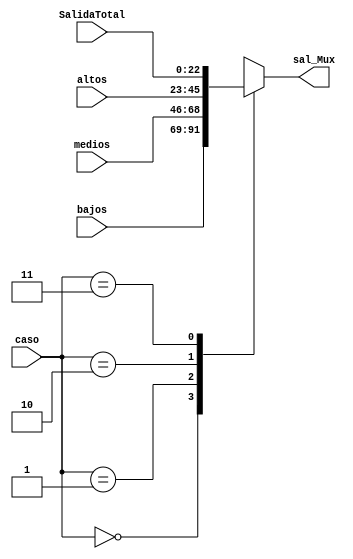
`timescale 1ns / 1ps
//////////////////////////////////////////////////////////////////////////////////
//Programador: Edgar Gutierrez y Oscar Soto
//Curso: Laboratorio de circuitos digitales
//Proyecto: Ecualizador de audio
//
//Descripcion: En este modulo se genera el multiplexor para escoger la salida que se desea escuchar, ya sea la banda de frecuencias
//				   bajas, medias o altas. Ademas se puede seleccionar la suma de todas las bandas de frecuencia para escuchar el audio
//					original
//////////////////////////////////////////////////////////////////////////////////
module Mux_Filtros #(parameter N = 23)//Se parametriza para hacer flexible el cambio de ancho de palabra
//Declaracion de senales de entrada y salida
(
 input wire signed [N-1:0] bajos,medios,altos, SalidaTotal,
 input wire [1:0] caso,
 output wire signed [N-1:0] sal_Mux
);
//Declaracion de senales utilizadas dentro del modulo	 
reg signed [N-1:0] sal;

always@* //Lista sensitiva, responde ante cualquier cambio de senal
  begin 
   case(caso)  //Casos para el selector
	2'b00 : sal = bajos ; 
   2'b01 : sal = medios ; 
	2'b10 : sal = altos ; 
	2'b11 : sal = SalidaTotal ;

  default : sal = bajos;  //Salida por defecto
  endcase 
  end 
assign sal_Mux = sal; //Asignacion de salida

endmodule